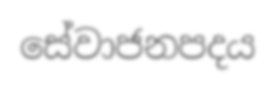
සේවාජනපදය